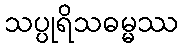
သပ္ပုရိသဓမ္မဿ